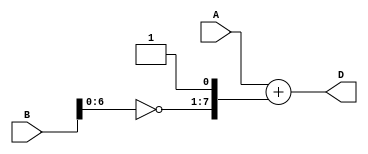
module Structural_Subtractor (
    input [7:0] A,
    input [7:0] B,
    output reg [7:0] D
);

reg [7:0] B_negated;
reg [8:0] temp;

assign B_negated = ~B;

assign temp = {B_negated, 1'b1};

always @(*) begin
    D = A + temp;
end

endmodule